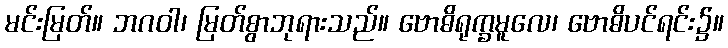
မင်းမြတ်။ ဘဂဝါ၊ မြတ်စွာဘုရားသည်။ ဗောဓိရုက္ခမူလေ၊ ဗောဓိပင်ရင်း၌။